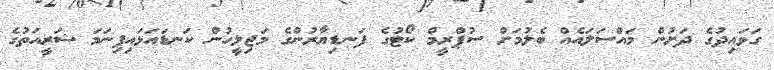
ގަވައިދުގެ ދަށުން މައްސަލައެއް ބެލުމަށް ސުޕްރީމް ކޯޓުގެ ފަނޑިޔާރުންގެ މަޖިލީހުން ކަނޑައަޅައިފިނަމަ ޝަރީއަތުގެ